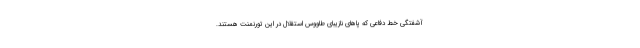
آشفتگی خط دفاعی که پاهای نازیبای طاووس استقلال در این تورنمنت هستند.